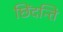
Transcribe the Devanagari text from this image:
छिंदन्ति